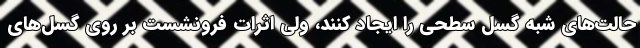
حالت‌های شبه گسل سطحی را ایجاد کنند، ولی اثرات فرونشست بر روی گسل‌های